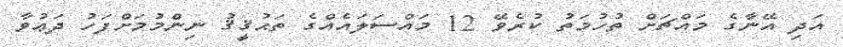
އަދި އޭނާގެ މައްޗަށް ތުހުމަތު ކުރެވޭ 12 މައްސަލައެއްގެ ތަޙުޤީޤު ނިންމުމަށްފަހު ދަޢުވާ